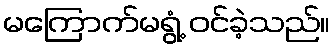
မကြောက်မရွံ့ ဝင်ခဲ့သည်။